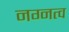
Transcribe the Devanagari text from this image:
नग्नत्व